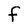
Character: F